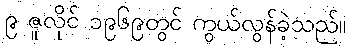
၉ ဇူလိုင် ၁၉၆၉တွင် ကွယ်လွန်ခဲ့သည်။